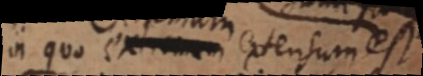
in quo extremum extensum est